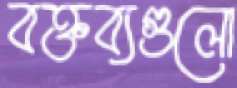
বক্তব্যগুলো